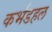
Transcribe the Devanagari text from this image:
कर्भडहल